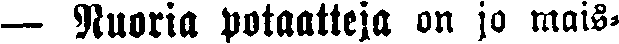
— Nuoria potaatteja on ja mais-